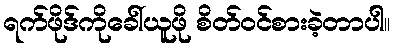
ရက်ဖိုဒ်ကိုခေါ်ယူဖို စိတ်ဝင်စားခဲ့တာပါ။